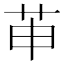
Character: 𱽖